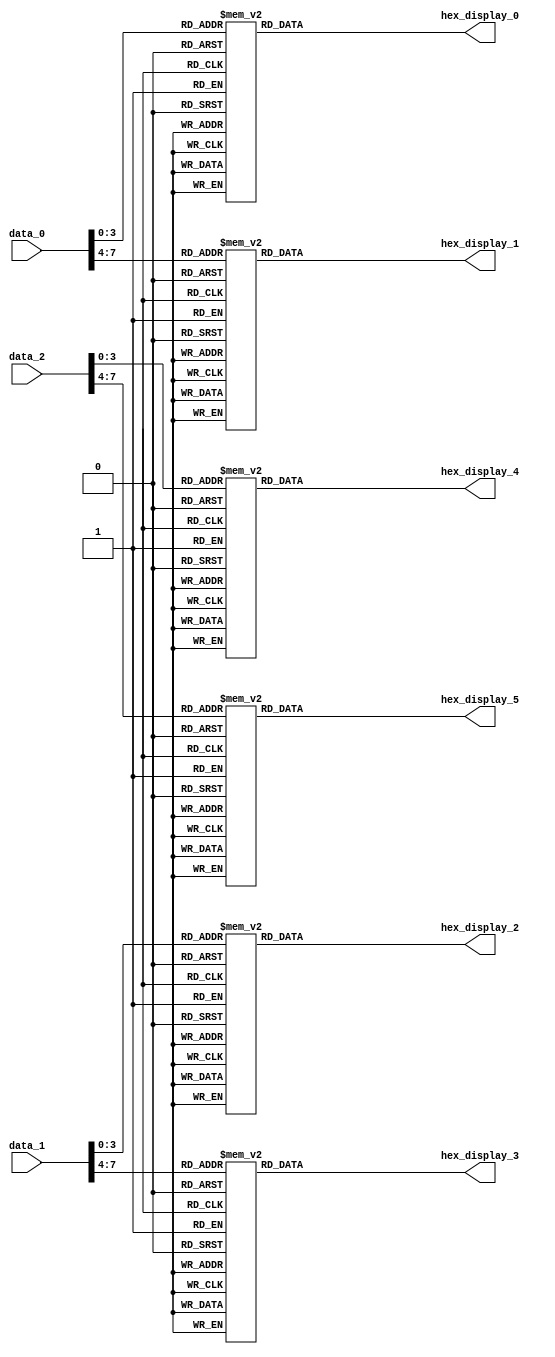
module hex_controller(

//inputs for 3 8-bit data fields
	input [7:0] data_0,
	input [7:0] data_1,
	input [7:0] data_2,
	
//outputs for the 6 7-segment displays
	output reg [6:0] hex_display_0,
	output reg [6:0] hex_display_1,
	output reg [6:0] hex_display_2,
	output reg [6:0] hex_display_3,
	output reg [6:0] hex_display_4,
	output reg [6:0] hex_display_5);
	
	always begin
	
		decode(data_0[3:0], hex_display_0);
		decode(data_0[7:4], hex_display_1);
		decode(data_1[3:0], hex_display_2);
		decode(data_1[7:4], hex_display_3);
		decode(data_2[3:0], hex_display_4);
		decode(data_2[7:4], hex_display_5);
		
	end
	
	task decode;
		input [3:0] binary;
		output [6:0] hex_out;
		begin
		
			case (binary)
			
				0: hex_out = 7'b1000000;
				1: hex_out = 7'b1111001;
				2: hex_out = 7'b0100100;
				3: hex_out = 7'b0110000;
				4: hex_out = 7'b0011001;
				5: hex_out = 7'b0010010;
				6: hex_out = 7'b0000010;
				7: hex_out = 7'b1111000;
				8: hex_out = 7'b0000000;
				9: hex_out = 7'b0010000;
				10: hex_out = 7'b0001000;
				11: hex_out = 7'b0000011;
				12: hex_out = 7'b1000110;
				13: hex_out = 7'b0100001;
				14: hex_out = 7'b0000110;
				15: hex_out = 7'b0001110;
				default hex_out = 7'b1111111;
			
			endcase
		end
	endtask
endmodule